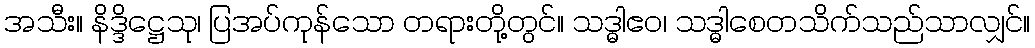
အသီး။ နိဒ္ဒိဋ္ဌေသု၊ ပြအပ်ကုန်သော တရားတို့တွင်။ သဒ္ဓါဧဝ၊ သဒ္ဓါစေတသိက်သည်သာလျှင်။